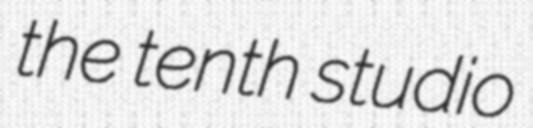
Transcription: the tenth studio